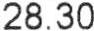
28.30